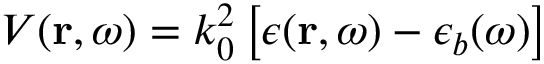
V ( \boldsymbol { \mathbf { r } } , \omega ) = k _ { 0 } ^ { 2 } \left[ \epsilon ( \boldsymbol { \mathbf { r } } , \omega ) - \epsilon _ { b } ( \omega ) \right]